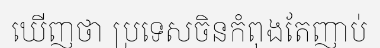
ឃើញថា ប្រទេសចិនកំពុងតែញាប់